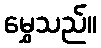
မွှေသည်။